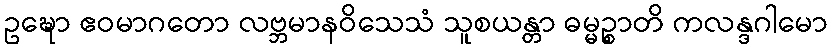
ဥဍ္ဎော ဧဝမာဂတော လဗ္ဘမာနဝိသေသံ သူစယန္တာ ဓမ္မဉ္စာတိ ကလန္ဒဂါမော